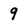
Character: 9